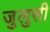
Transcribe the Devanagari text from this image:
जुलुसी